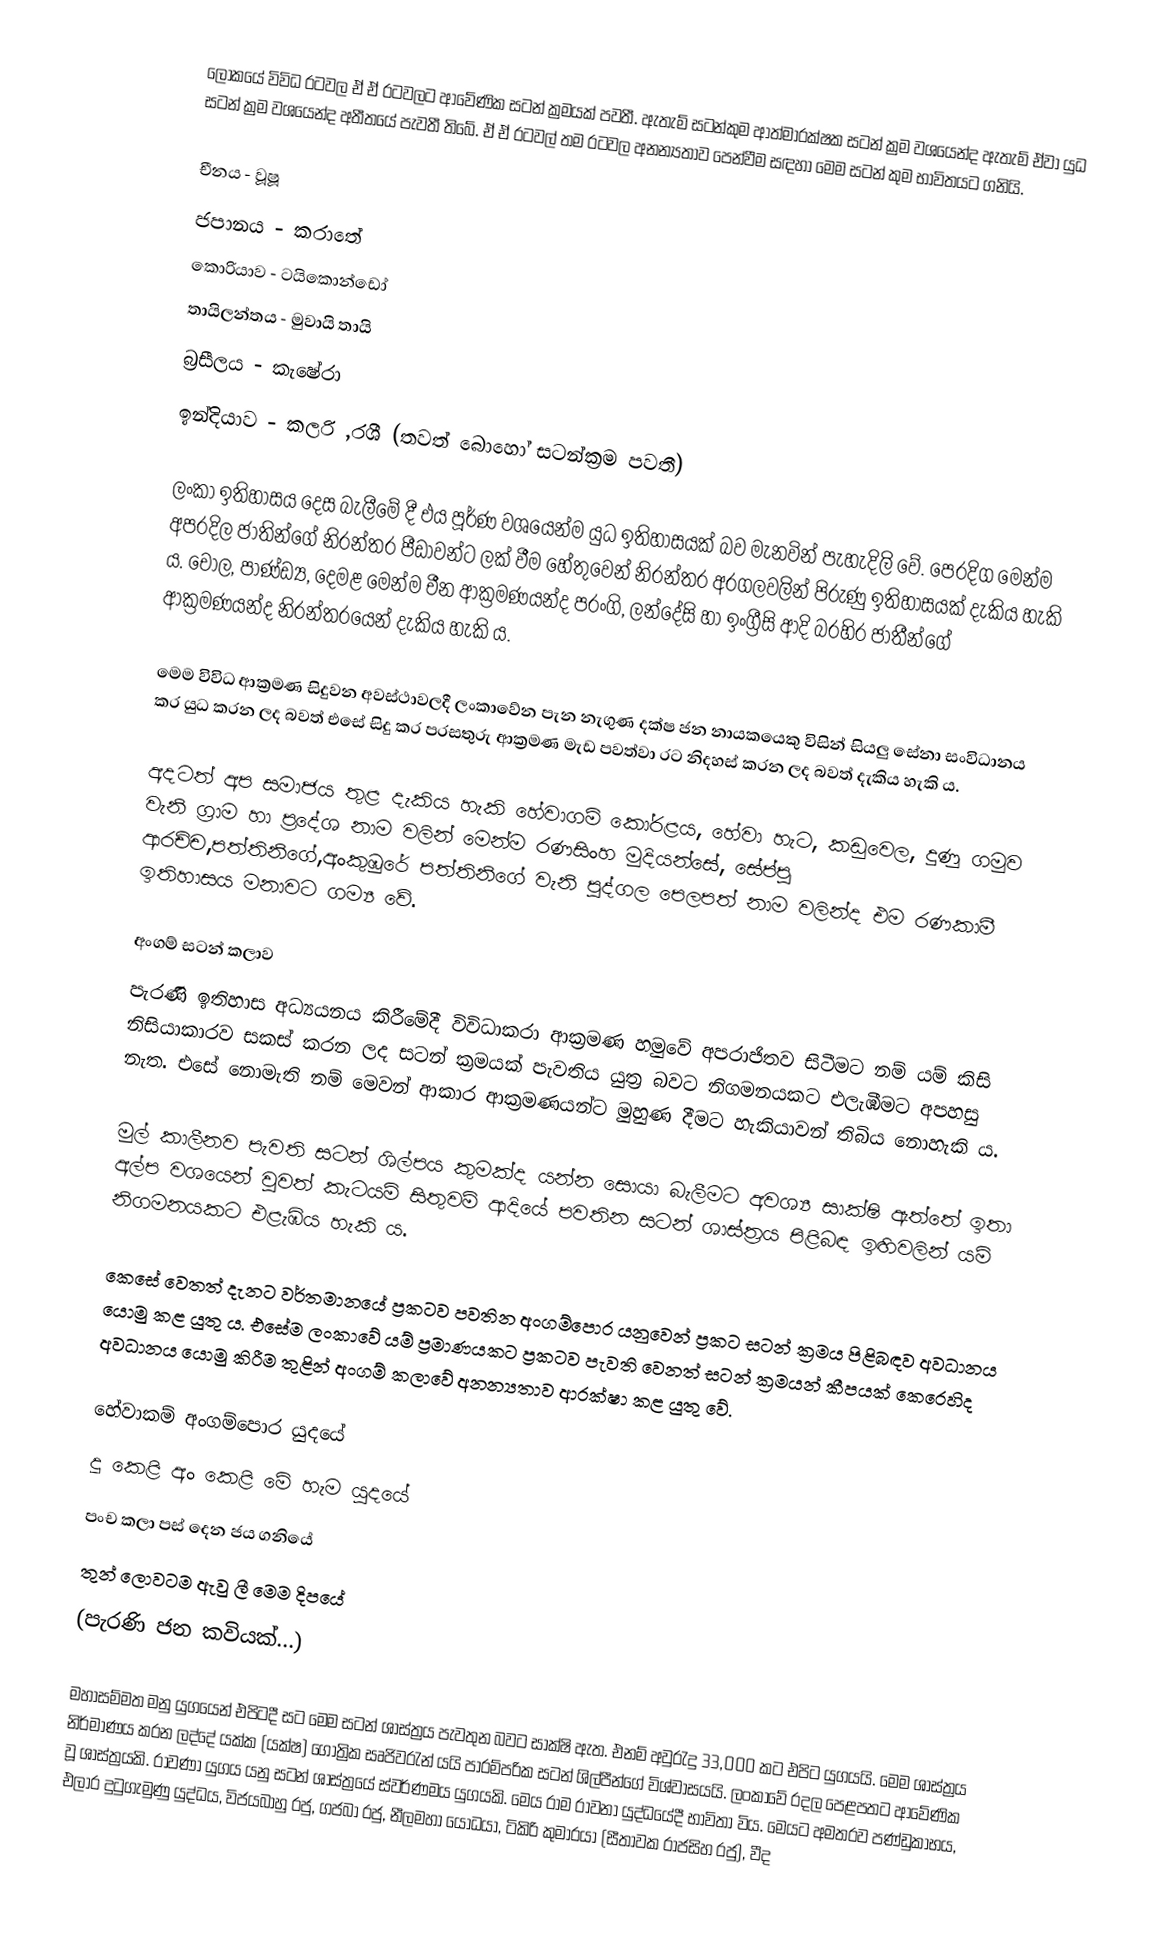
ලෝකයේ විවිධ රටවල ඒ ඒ රටවලට ආවේණික සටන් ක්‍රමයක් පවතී. ඇතැම් සටන්කුම ආත්මාරක්ෂක සටන් ක්‍රම වශයෙන්ද ඇතැම් ඒවා යුධ සටන් ක්‍රම වශයෙන්ද අතීතයේ පැවතී තිබේ. ඒ ඒ රටවල් තම රටවල අනන්‍යතාව පෙන්වීම සඳහා මෙම සටන් කුම භාවිතයට ‍ගනියි.

 චීනය - වූෂූ
 ජපානය - කරාතේ
 කොරියාව - ටයිකොන්ඩෝ
 තායිලන්තය - මුවායි තායි
 බ්‍රසීලය - කැෂේරා
 ඉන්දියාව - කලරි ,රශී (තවත් බොහෝ සටන්ක්‍රම පවතී)

ලංකා ඉතිහාසය දෙස බැලීමේ දී එය පූර්ණ වශයෙන්ම යුධ ඉතිහාසයක් බව මැනවින් පැහැදිලි වේ. පෙරදිග මෙන්ම අපරදිල ජාතින්ගේ නිරන්තර පීඩාවන්ට ලක් වීම හේතුවෙන් නිරන්තර අරගලවලින් පිරුණු ඉතිහාසයක් දැකිය හැකි ය. චෝල, පාණ්ඩ්‍ය, දෙමළ මෙන්ම චීන ආක්‍රමණයන්ද පරංගි, ලන්දේසි හා ඉංග්‍රීසි ආදි බරහිර ජාතීන්ගේ ආක්‍රමණයන්ද නිරන්තරයෙන් දැකිය හැකි ය.

මෙම විවිධ ආක්‍රමණ සිදුවන අවස්ථාවලදී ලංකාවේන පැන නැගුණ දක්ෂ ජන නායකයෙකු විසින් සියලු සේනා සංවිධානය කර යුධ කරන ලද බවත් එසේ සිදු කර පරසතුරු ආක්‍රමණ මැඩ පවත්වා රට නිදහස් කරන ලද බවත් දැකිය හැකි ය.

අදටත් අප සමාජය තුළ දැකිය හැකි හේවාගම් කෝරළය, හේවා හැට, කඩුවෙල, දුණු ගමුව වැනි ග්‍රාම හා ප්‍රදේශ නාම වලින් මෙන්ම රණසිංහ මුදියන්සේ, සේප්පු ආරච්ච,පත්තිනිගේ,අංකුඹුරේ පත්තිනිගේ වැනි පුද්ගල පෙලපත් නාම වලින්ද එම රණකාමී ඉතිහාසය මනාවට ගම්‍ය වේ.

අංගම් සටන් කලාව
පැරණි ඉතිහාස අධ්‍යයනය කිරීමේදී විවිධාකරා ආක්‍රමණ හමුවේ අපරාජිතව සිටීමට නම් යම් කිසි නිසියාකාරව සකස් කරන ලද සටන් ක්‍රමයක් පැවතිය යුත්‍ර බවට නිගමනයකට එලැඹීමට අපහසු නැත. එසේ නොමැති නම් මෙවන් ආකාර ආක්‍රමණයන්ට මුහුණ දීමට හැකියාවන් තිබිය නොහැකි ය.

මුල් කාලීනව පැවති සටන් ශිල්පය කුමක්ද යන්න සොයා බැලීමට අවශ්‍ය සාක්ෂි ඇත්තේ ඉතා අල්ප වශයෙන් වුවත් කැටයම් සිතුවම් ආදියේ පවතින සටන් ශාස්ත්‍රය පිළිබඳ ඉඟිවලින් යම් නිගමනයකට එළැඹිය හැකි ය.

කෙසේ වෙතත් දැනට වර්තමානයේ ප්‍රකටව පවතින අංගම්පොර යනුවෙන් ප්‍රකට සටන් ක්‍රමය පිළිබඳව අවධානය යොමු කළ යුතු ය. එසේම ලංකාවේ යම් ප්‍රමාණයකට ප්‍රකටව පැවති වෙනත් සටන් ක්‍රමයන් කීපයක් කෙරෙහිද අවධානය යොමු කිරීම තුළින් අංගම් කලාවේ අනන්‍යතාව ආරක්ෂා කළ යුතු වේ.

හේවාකම් අංගම්පොර යුදයේ
දූ කෙළි අං කෙළි මේ හැම යුදයේ
පංච කලා පස් දෙන ජය ගනියේ
තුන් ලොවටම ඇවු ලී මෙම දිපයේ
(පැරණි ජන කවියක්...)

මහාසම්මත මනු යුගයෙන් එපිටදී සට මෙම සටන් ශාස්ත්‍රය පැවතුන බවට සාක්ෂි ඇත. එනම් අවුරැදු 33,000 කට එපිට යුගයයි. මෙම ශාස්ත්‍රය නිර්මාණය කරන ලද්දේ යක්ක (යක්ෂ) ගෝත්‍රික සෘජිවරැන් යයි පාරම්පරික සටන් ශිල්පීන්ගේ විශ්වාසයයි. ලංකාවේ රදල පෙළපතට ආවේණික වූ ශාස්ත්‍රයකි. රාවණා යුගය යනු සටන් ශාස්ත්‍රයේ ස්වර්ණමය යුගයකි. මෙය රාම රාවනා යුද්ධයේදී භාවිතා විය. මෙයට අමතරව පණ්ඩුකාභය, එලාර දුටුගැමුණු යුද්ධය, විජයබාහු රජු, ගජබා රජු, නීලමහා යෝධයා, ටිකිරි කුමාරයා (සීතාවක රාජසිහ රජු), වීද